Investigations on Bengal jail dietaries - Number 37
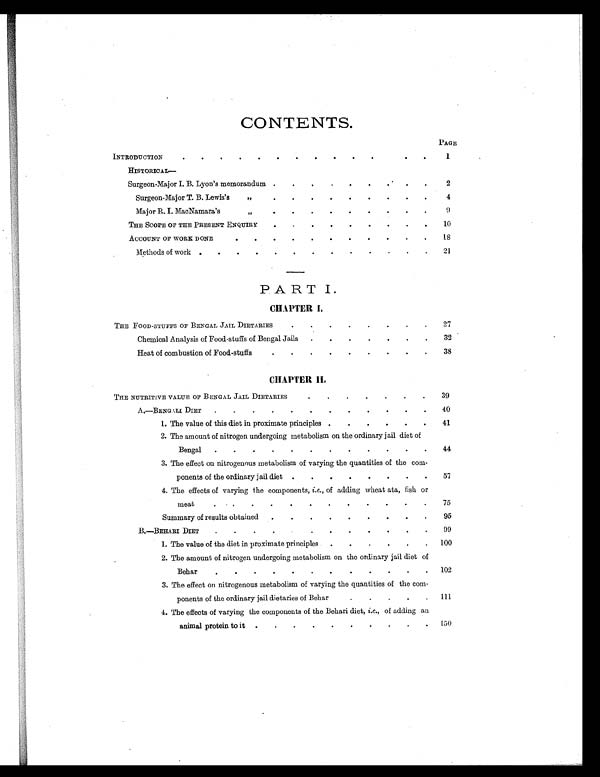
CONTENTS.
PAGE
INTRODUCTION
.
.
.
. . . . . . . . . .
1
HISTORICA
L —
Surgeon-Major I. B. Lyon's memorandum .
.
.
. . . . . .
2
Surgeon-Major T. B. Lewis's
,,
.
.
.
.
.
.
.
.
.
4
Major R. I. MacNamara's
,,
. . . . . . . .
9
THE SCOPE OF THE PRESENT ENQUIRY
.
.
.
.
.
.
.
.
10
ACCOUNT OF WORK DONE
.
.
.
.
.
.
.
.
.
.
.
18
Methods of work .
.
.
.
.
.
.
.
.
.
.
.
.
21
PART I
THE FOOD-STUFFS OF BENGAL JAIL DIETARIES.
.
.
.
.
.
.
.
2 7
Chemical Analysis of Food-stuffs of Bengal Jails.
3 2
Heat of combustion of Food-stuffs.
.
38
C H A P T E R I I .
THE NUTRITIVE VALUE OF BENGAL JAIL DIETARIES
.
. .
.
.
.
39
A. —BENGALI DIET.
.
.
. .
.
. . .
40
1. The value of this diet in proximate principles.
.
.
.
.
4 1
2. The amount of nitrogen undergoing metabolism on the ordinary jail diet of
Bengal.
.
.
.
4 4
3. The effect on nitrogenous metabolism of varying the quantities of the com-
ponents of the ordinary jail diet.
.
.
.
.
.
57
4. The effects of varying the components, i.e., of adding wheat ata, fish or
meat
.
.
. . . . . . . .
75
Summary of results obtained.
. . . . . .
95
B.—BEHARI DIET
. .
.
.
.
. .
99
1. The value of the diet in proximate principles. .
.
100
2. The amount of nitrogen undergoing metabolism on the ordinary jail diet of
Behar.
. . .
.
.
102
3. The effect on nitrogenous metabolism of varying the quantities of the com-
ponents of the ordinary jail dietaries of Behar.
111
4. The effects of varying the components of the Behari diet, i.e., of
adding an animal protein to it .
.
150